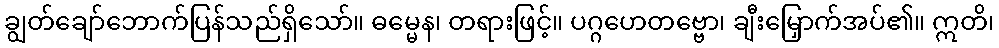
ချွတ်ချော်ဘောက်ပြန်သည်ရှိသော်။ ဓမ္မေန၊ တရားဖြင့်။ ပဂ္ဂဟေတဗ္ဗော၊ ချီးမြှောက်အပ်၏။ ဣတိ၊